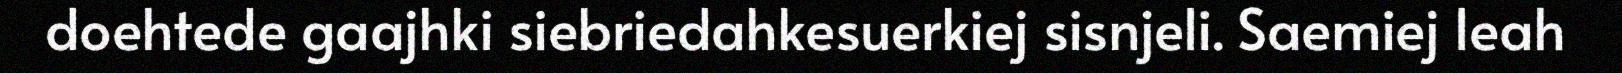
doehtede gaajhki siebriedahkesuerkiej sisnjeli. Saemiej leah